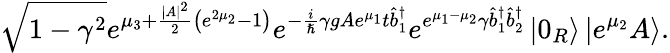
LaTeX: \sqrt{1-\gamma^{2}}e^{\mu_{3}+\frac{|A|^{2}}{2}\left(e^{2\mu_{2}}-1\right)}e^{-\frac{i}{\hslash}\gamma gAe^{\mu_{1}}t\hat{b}_{1}^{\dagger}}e^{e^{\mu_{1}-\mu_{2}}\gamma\hat{b}_{1}^{\dagger}\hat{b}_{2}^{\dagger}}\left\vert 0_{R}\right\rangle\left\vert e^{\mu_{2}}A\right\rangle.